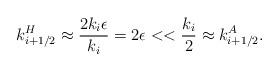
LaTeX: \begin{align*}k^H_{i+1/2} \approx \frac{2k_i\epsilon}{k_i} = 2\epsilon << \frac{k_i}{2} \approx k^A_{i+1/2}. \end{align*}